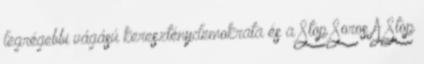
legrégebbi vágású kereszténydemokrata és a Stop Soros A Stop